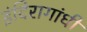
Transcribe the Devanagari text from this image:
इंदिरागांधी